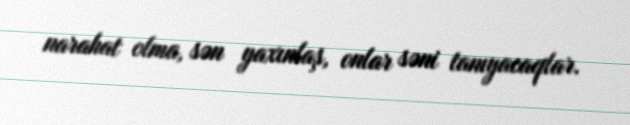
narahat olma, sən yaxınlaş, onlar səni tanıyacaqlar.